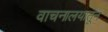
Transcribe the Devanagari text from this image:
वाचनालयातून